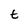
Character: t